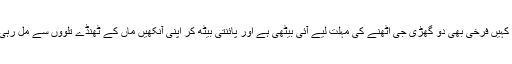
وہیں کہیں فرخی بھی دو گھڑی جی اٹھنے کی مہلت لیے آئی بیٹھی ہے اور پائنتی بیٹھ کر اپنی آنکھیں ماں کے ٹھنڈے تلووں سے مل رہی ہے۔